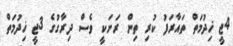
4ޖީ ޚިދުމަތް ތައާރަފު ކުރި ތިން ރަށަކީ ވެސް ދިރާގުގެ 3ޖީ ޚިދުމަތް